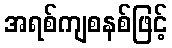
အရစ်ကျစနစ်ဖြင့်